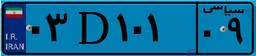
۲۳D۱۶۹۸۲